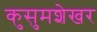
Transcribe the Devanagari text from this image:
कुसुमशेखर